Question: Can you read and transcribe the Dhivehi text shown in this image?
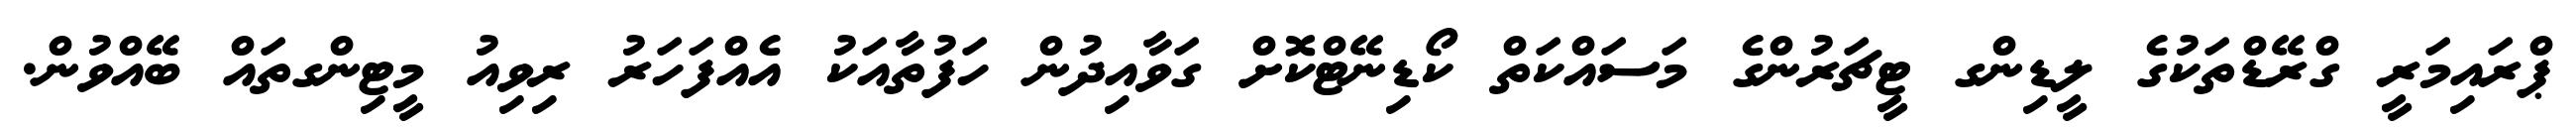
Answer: ޕްރައިމަރީ ގްރޭޑްތަކުގެ ލީޑިންގ ޓީޗަރުންގެ މަސައްކަތް ކޯޑިނޭޓްކޮށް ގަވާއިދުން ހަފުތާއަކު އެއްފަހަރު ރިވިއު މީޓިންގތައް ބޭއްވުން.